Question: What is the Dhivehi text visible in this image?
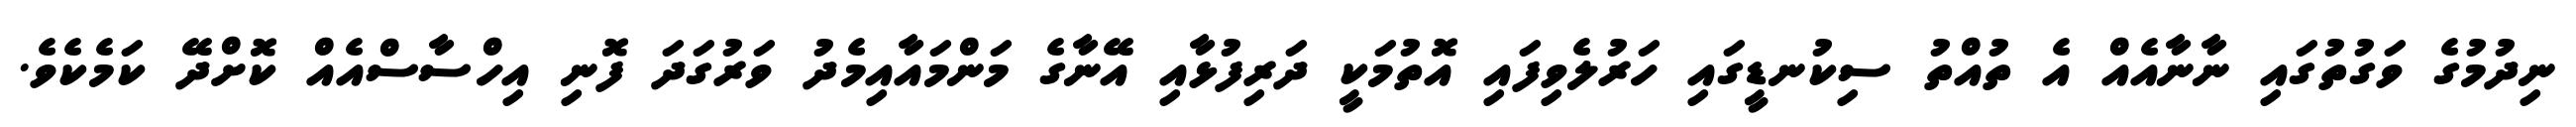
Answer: ނިދުމުގެ ވަގުތުގައި ނާނާއެއް އެ ތުއްތު ސިކުނޑީގައި ހަރުލެވިފައި އޮތުމަކީ ދަރިފުޅާއި އޭނާގެ މަންމައާއިމެދު ވަރުގަދަ ފޮނި އިހްސާސްއެއް ކޮށްދޭ ކަމެކެވެ.